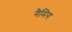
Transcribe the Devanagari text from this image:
गैमिग